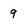
Character: 9